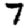
Digit: 7